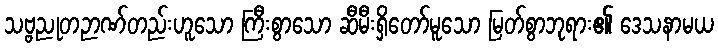
သဗ္ဗညုတဉာဏ်တည်းဟူသော ကြီးစွာသော ဆီမီးရှိတော်မူသော မြတ်စွာဘုရား၏ ဒေသနာမယ